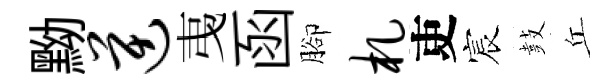
黝逆𢎯函腳札吏宸鼓丘